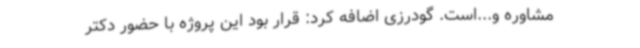
مشاوره و...است. گودرزی اضافه کرد: قرار بود این پروژه با حضور دکتر